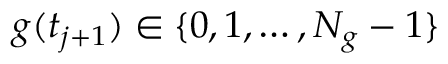
g ( t _ { j + 1 } ) \in \{ 0 , 1 , \ldots , N _ { g } - 1 \}